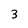
Character: 3